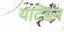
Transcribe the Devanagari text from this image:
याटेंडन